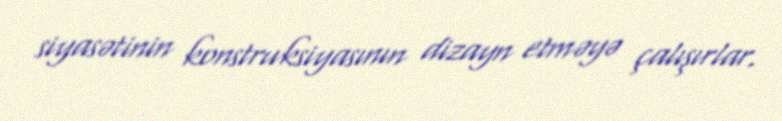
siyasətinin konstruksiyasının dizayn etməyə çalışırlar.